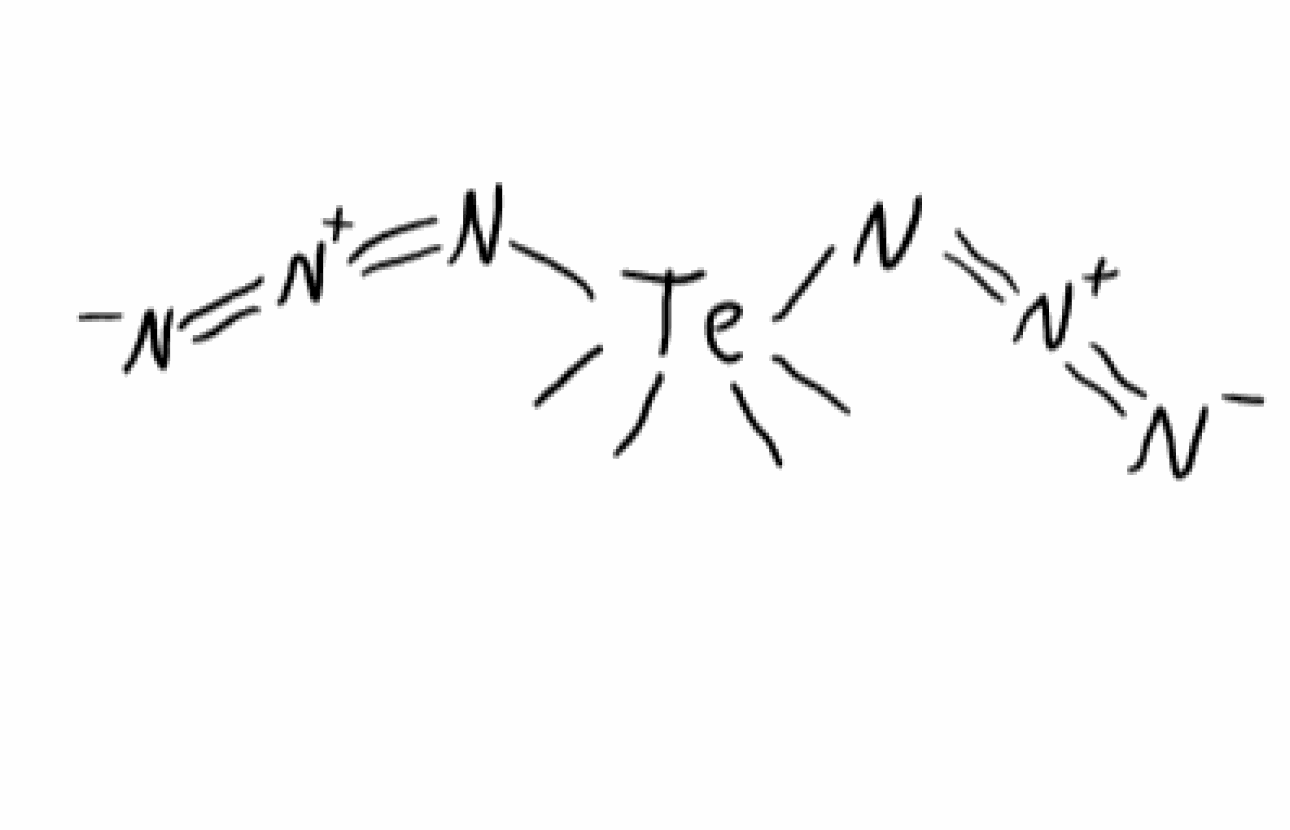
Simplified molecular-input line-entry system (SMILES) notation of the given molecule:
C[Te](C)(C)(C)(N=[N+]=[N-])N=[N+]=[N-]